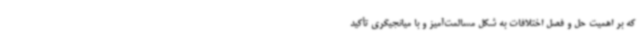
که بر اهمیت حل و فصل اختلافات به شکل مسالمت‌آمیز و با میانجیگری تأکید